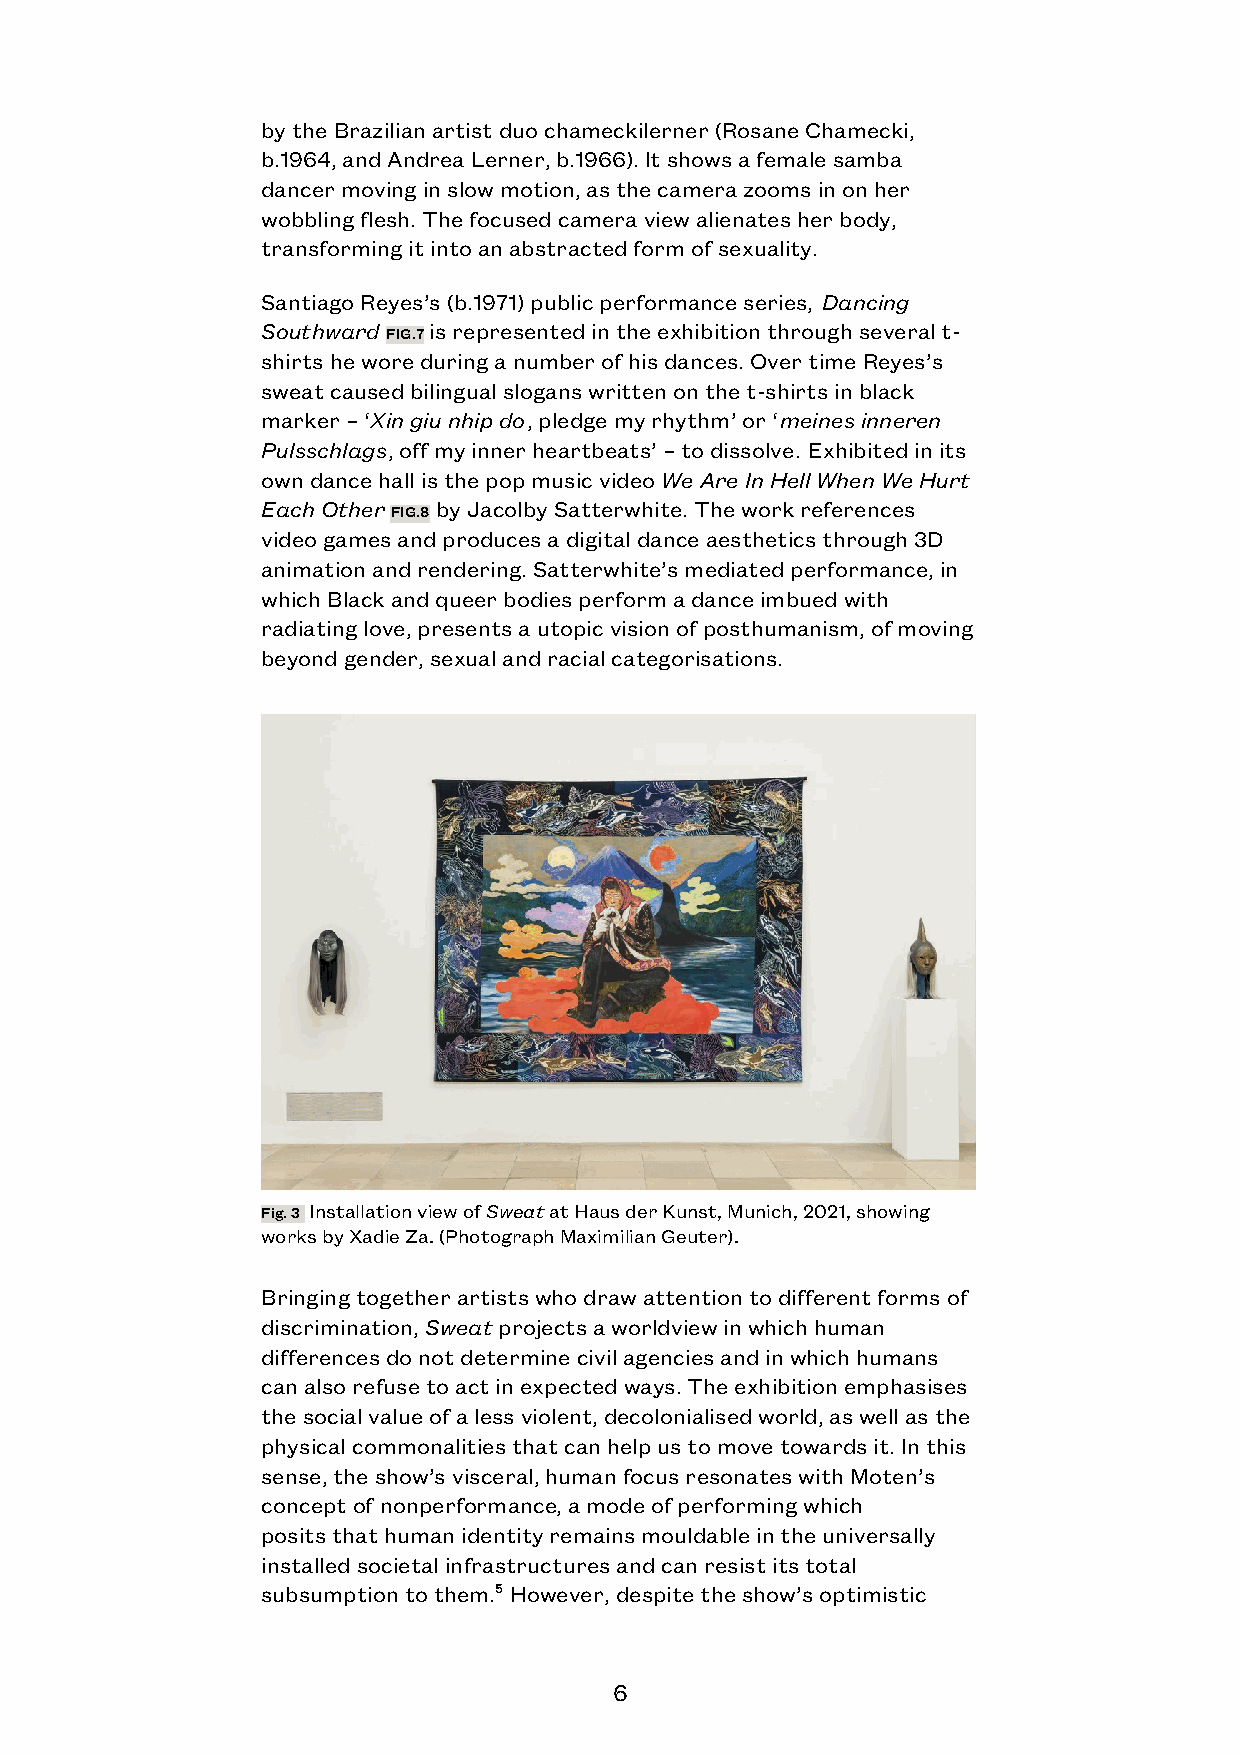
by the Brazilian artist duo chameckilerner (Rosane Chamecki,
 b.1964, and Andrea Lerner, b.1966). It shows a female samba
 dancer moving in slow motion, as the camera zooms in on her
 wobbling flesh. The focused camera view alienates her body,
 transforming it into an abstracted form of sexuality.
 Santiago Reyes’s (b.1971) public performance series, Dancing
 Southward FIG.7 is represented in the exhibition through several t-
 shirts he wore during a number of his dances. Over time Reyes’s
 sweat caused bilingual slogans written on the t-shirts in black
 marker – ‘Xin giu nhip do, pledge my rhythm’ or ‘meines inneren
 Pulsschlags, off my inner heartbeats’ – to dissolve. Exhibited in its
 own dance hall is the pop music video We Are In Hell When We Hurt
 Each Other FIG.8 by Jacolby Satterwhite. The work references
 video games and produces a digital dance aesthetics through 3D
 animation and rendering. Satterwhite’s mediated performance, in
 which Black and queer bodies perform a dance imbued with
 radiating love, presents a utopic vision of posthumanism, of moving
 beyond gender, sexual and racial categorisations.
 Fig. 3 Installation view of Sweat at Haus der Kunst, Munich, 2021, showing
 works by Xadie Za. (Photograph Maximilian Geuter).
 Bringing together artists who draw attention to different forms of
 discrimination, Sweat projects a worldview in which human
 differences do not determine civil agencies and in which humans
 can also refuse to act in expected ways. The exhibition emphasises
 the social value of a less violent, decolonialised world, as well as the
 physical commonalities that can help us to move towards it. In this
 sense, the show’s visceral, human focus resonates with Moten’s
 concept of nonperformance, a mode of performing which
 posits that human identity remains mouldable in the universally
 installed societal infrastructures and can resist its total
 subsumption to them.55 However, despite the show’s optimistic
 6